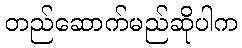
တည်ဆောက်မည်ဆိုပါက